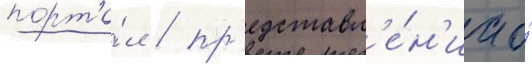
порта́л / пр'едставл'е́н'иа о́